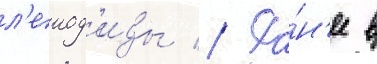
л'еиод'иды // Ра́н'ее в